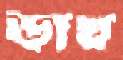
ডাখ